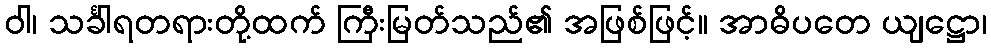
ဝါ၊ သင်္ခါရတရားတို့ထက် ကြီးမြတ်သည်၏ အဖြစ်ဖြင့်။ အာဓိပတေ ယျဋ္ဌော၊